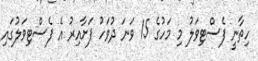
ހިތާނީ ފެސްޓިވަލު މި މަހުގެ 15 ވަނަ ދުވަހު ފަށާއިރު އެ ފެސްޓިވަލުގައި